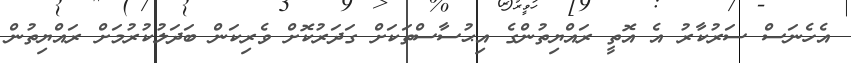
އެހެނަސް ސަރުކާރު އެ އޮތީ ރައްޔިތުންގެ އިޙުސާސްތަކަށް ގަދަރުކޮށް ވެރިކަން ބަދަލުކުރުމަށް ރައްޔިތުން